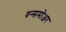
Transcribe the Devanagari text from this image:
वन्समोअर